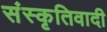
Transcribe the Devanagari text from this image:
संस्कृतिवादी